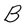
Character: B